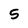
Character: 5